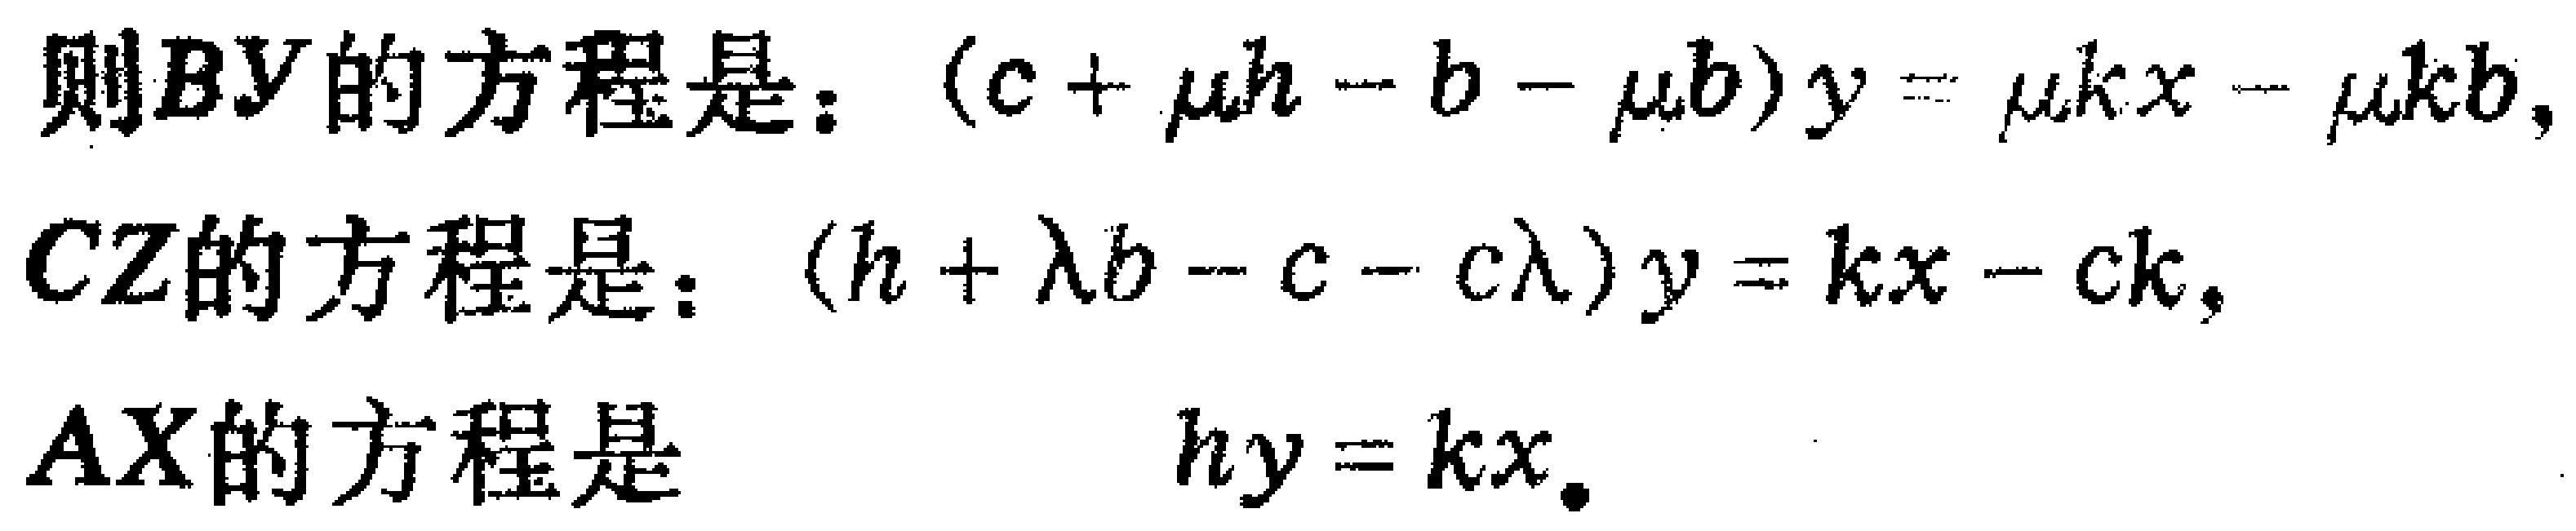
则 \(BY\) 的方程是：\((c + \mu h - b - \mu b)y = \mu kx - \mu kb\)，

\(CZ\) 的方程是：\((h + \lambda b - c - c\lambda)y = kx - ck\)，

\(AX\) 的方程是 \(hy = kx\)。